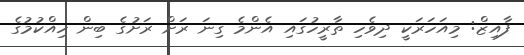
ފާއިޒް: މިއަހަރަކީ ދިވެހި ތާރީހުގައި އެންމެ ގިނަ ރަށް ރަށުގެ ބިން ހިއްކުމުގެ